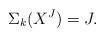
LaTeX: \begin{align*}\Sigma_k(X^J)=J.\end{align*}